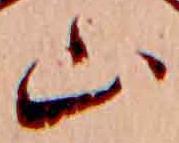
山